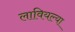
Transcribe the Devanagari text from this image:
लावियल्या